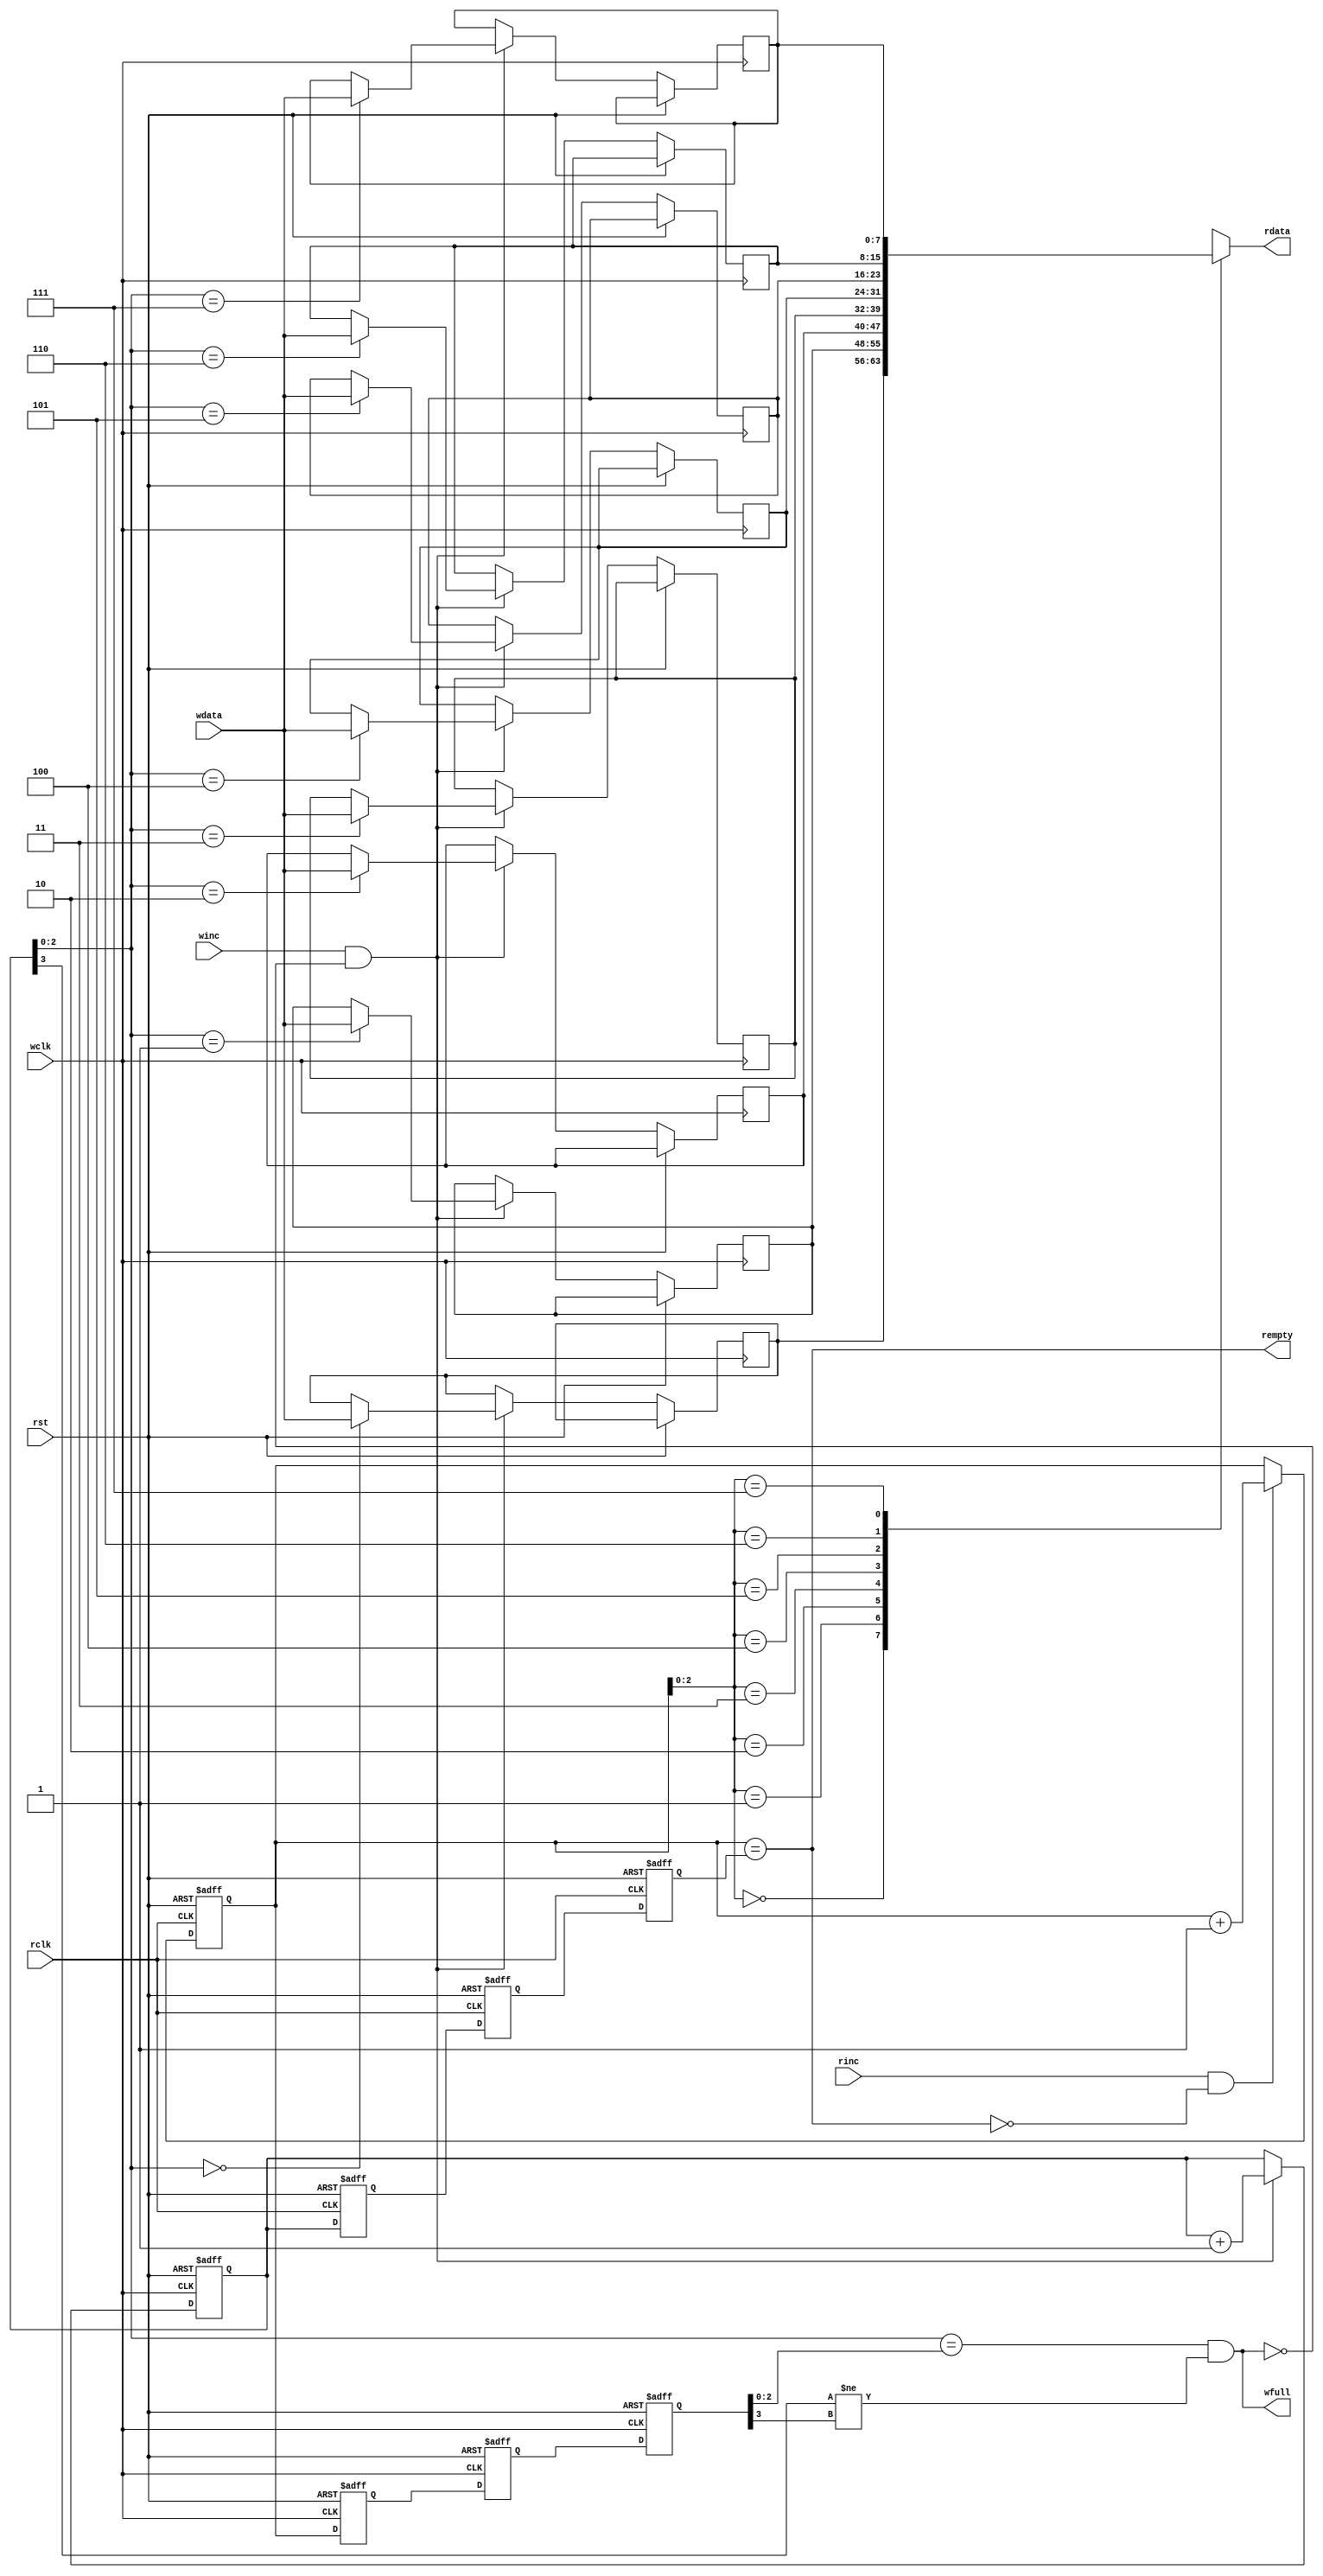
module beh_fifo (rdata, wfull, rempty, wdata, winc, wclk, rinc, rclk, rst);
    parameter DSIZE = 8;
    parameter ASIZE = 3;
    output [DSIZE-1:0] rdata;
    output wfull;
    output rempty;
    input [DSIZE-1:0] wdata;
    input winc, wclk;
    input rinc, rclk, rst;
    reg [ASIZE:0] wptr, wrptr1, wrptr2, wrptr3;
    reg [ASIZE:0] rptr, rwptr1, rwptr2, rwptr3;
    parameter MEMDEPTH = 1<<ASIZE;
    reg [DSIZE-1:0] ex_mem [0:MEMDEPTH-1];
    integer i;
    always @(posedge wclk or posedge rst)
        if (rst) wptr <= 0;
        else if (winc && !wfull) begin
            ex_mem[wptr[ASIZE-1:0]] <= wdata;
            wptr <= wptr+1;
        end
    always @(posedge wclk or posedge rst)
        if (rst) {wrptr3,wrptr2,wrptr1} <= 0;
        else {wrptr3,wrptr2,wrptr1} <= {wrptr2,wrptr1,rptr};
    always @(posedge rclk or posedge rst)
        if (rst) begin 
            //for (i=0; i<MEMDEPTH; i=i+1) ex_mem[i] = 0;
            rptr <= 0;
        end
        else if (rinc && !rempty) rptr <= rptr+1;
    always @(posedge rclk or posedge rst)
        if (rst) {rwptr3,rwptr2,rwptr1} <= 0;
        else {rwptr3,rwptr2,rwptr1} <= {rwptr2,rwptr1,wptr};
    assign rdata = ex_mem[rptr[ASIZE-1:0]];
    assign rempty = (rptr == rwptr3);
    assign wfull = ((wptr[ASIZE-1:0] == wrptr3[ASIZE-1:0]) &&
    (wptr[ASIZE] != wrptr3[ASIZE] ));
endmodule